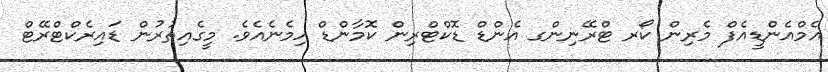
އެމްއެންޑީއެފް މެރިން ކޯރ ޓްރޭނިންގ އެންޑް ޑޮކްޓްރިން ކޮމާންޑް ހިމެނެއެވެ. މީގެއިތުރުން ޑައިރެކްޓްރޭޓް